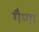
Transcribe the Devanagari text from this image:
गैणा